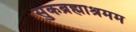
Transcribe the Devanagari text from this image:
सुकब्रह्माश्रमम